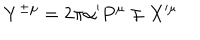
Y ^ { \pm \mu } = 2 \pi \alpha ^ { \prime } P ^ { \mu } \mp X ^ { \mu }